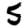
Digit: 5